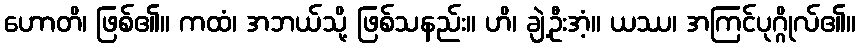
ဟောတိ၊ ဖြစ်၏။ ကထံ၊ အဘယ်သို့ ဖြစ်သနည်း။ ဟိ၊ ချဲ့ဦးအံ့။ ယဿ၊ အကြင်ပုဂ္ဂိုလ်၏။